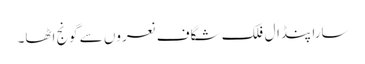
سارا پنڈال فلک شگاف نعروں سے گونج اٹھا۔